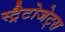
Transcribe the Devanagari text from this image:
स्ट्रैटोजेट्स